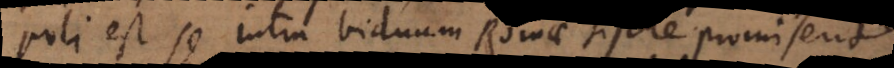
est se intra biduum Romae sistere promiserit,